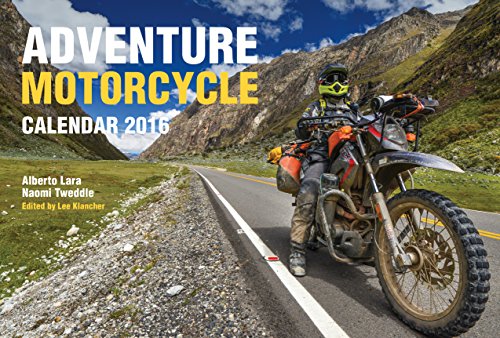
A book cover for Adventure Motorcycle Calendar 2016; Lee Klancher; Engineering & Transportation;